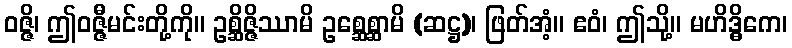
ဝဇ္ဇိ၊ ဤဝဇ္ဇီမင်းတို့ကို။ ဥစ္ဆိဇ္ဇိဿာမိ ဥစ္ဆေစ္ဆာမိ (ဆဋ္ဌ)၊ ဖြတ်အံ့။ ဧဝံ၊ ဤသို့။ မဟိဒ္ဓိကေ၊